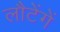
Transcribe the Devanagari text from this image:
लौटेंगें